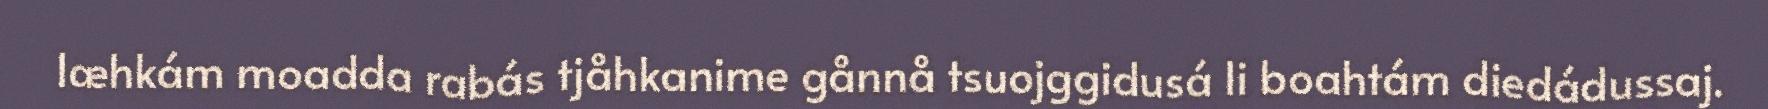
læhkám moadda rabás tjåhkanime gånnå tsuojggidusá li boahtám diedádussaj.